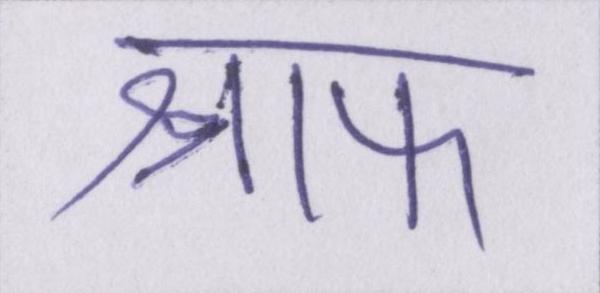
श्राफ